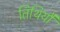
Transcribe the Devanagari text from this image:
तिथियौ